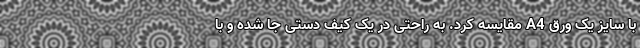
با سایز یک ورق A4 مقایسه کرد. به راحتی در یک کیف دستی جا شده و با